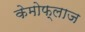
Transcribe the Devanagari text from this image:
केमोफ्लाज